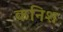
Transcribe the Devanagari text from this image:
कनिश